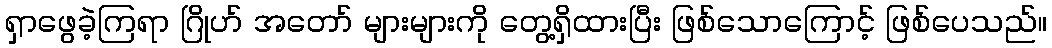
ရှာဖွေခဲ့ကြရာ ဂြိုဟ် အတော် များများကို တွေ့ရှိထားပြီး ဖြစ်သောကြောင့် ဖြစ်ပေသည်။